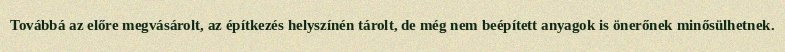
Továbbá az előre megvásárolt, az építkezés helyszínén tárolt, de még nem beépített anyagok is önerőnek minősülhetnek.